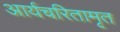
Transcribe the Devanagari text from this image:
आर्यचरितामृत